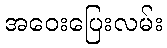
အဝေးပြေးလမ်း